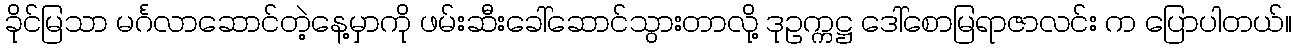
ခိုင်မြသာ မင်္ဂလာဆောင်တဲ့နေ့မှာကို ဖမ်းဆီးခေါ်ဆောင်သွားတာလို့ ဒုဥက္ကဋ္ဌ ဒေါ်စောမြရာဇာလင်း က ပြောပါတယ်။